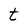
Character: t